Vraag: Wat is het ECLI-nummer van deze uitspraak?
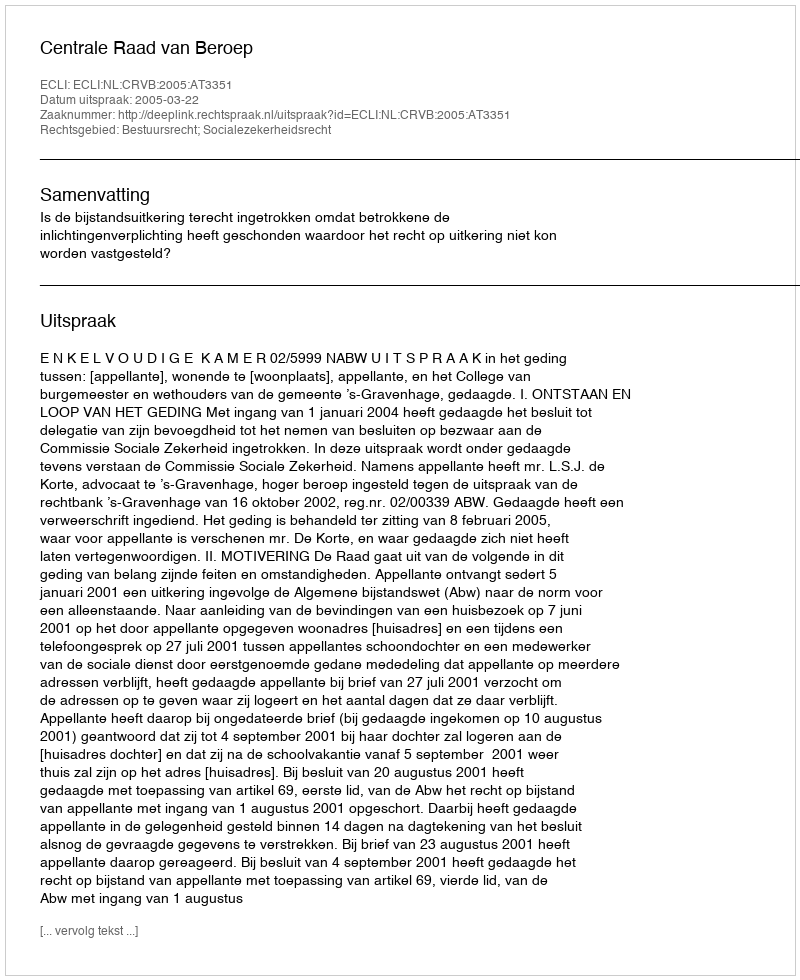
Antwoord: ECLI:NL:CRVB:2005:AT3351